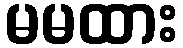
မမထား